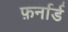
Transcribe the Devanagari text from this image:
फ़र्नार्ड